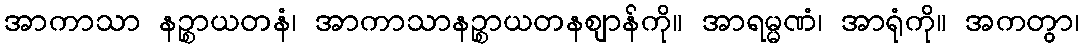
အာကာသာ နဉ္စာယတနံ၊ အာကာသာနဉ္စာယတနဈာန်ကို။ အာရမ္မဏံ၊ အာရုံကို။ အကတွာ၊